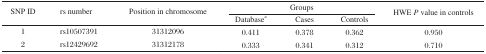
| <ROWSPAN=2> SNP ID | <ROWSPAN=2> rs number | <ROWSPAN=2> Position in chromosome | <COLSPAN=3> Groups | <ROWSPAN=2> HWE P value in controls |
 | Databasea | Cases | Controls |
 | --- | --- | --- | --- | --- | --- | --- |
 | 1 | rs10507391 | 31312096 | 0.411 | 0.378 | 0.362 | 0.950 |
 | 2 | rs12429692 | 31312178 | 0.333 | 0.341 | 0.312 | 0.710 |